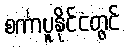
စင်္ကာပူနိုင်ငံတွင်